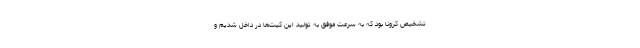
تشخیص کرونا بود که به سرعت موفق به تولید این کیت‌ها در داخل شدیم و